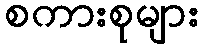
စကားစုများ